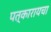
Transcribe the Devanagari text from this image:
पत्कारायचा